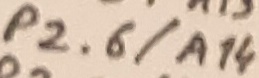
Text: P2.6/A14